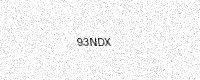
Text: 93NDX